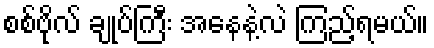
စစ်ဗိုလ် ချုပ်ကြီး အနေနဲ့လဲ ကြည့်ရမယ်။